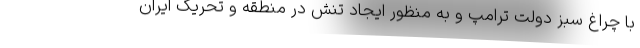
با چراغ سبز دولت ترامپ و به منظور ایجاد تنش در منطقه و تحریک ایران